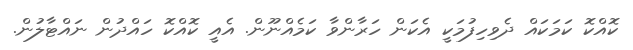
ކޮއްކޮ ކަމަކައް ދެވިހިފުމަކީ އެކަން ހަރާންވާ ކަމެއްނޫން. އެއީ ކޮއްކޮ ހައްދުން ނައްޓާލުން.